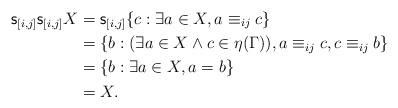
LaTeX: \begin{align*}{\sf s}_{[i,j]}{\sf s}_{[i,j]}X&={\sf s}_{[i,j]}\{c:\exists a\in X, a\equiv_{ij}c\}\\&=\{b:(\exists a\in X\wedge c\in\eta(\Gamma)), a\equiv_{ij}c, c\equiv_{ij}b\}\\&=\{b:\exists a\in X, a=b\}\\&=X.\end{align*}